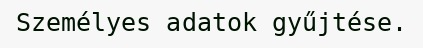
Személyes adatok gyűjtése.